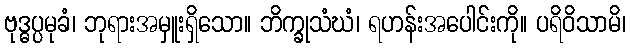
ဗုဒ္ဓပ္ပမုခံ၊ ဘုရားအမှူးရှိသော။ ဘိက္ခုသံဃံ၊ ရဟန်းအပေါင်းကို။ ပရိဝိသာမိ၊